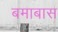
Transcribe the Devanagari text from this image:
बमाबास